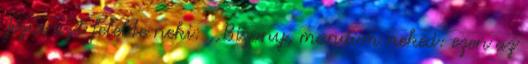
Jézus azt felelte neki: ,,Bizony, mondom neked: ezen az